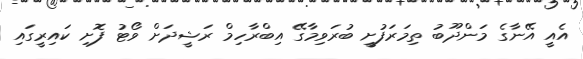
އެއީ އޭނާގެ މަންދޫބު ތިމަރަފުށީ ބުރަވިމާގޭ އިބްރާހިމް ރަޝީދަށް ވޯޓު ފޮށި ކައިރީގައި